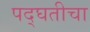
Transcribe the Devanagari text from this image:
पद्घतीचा